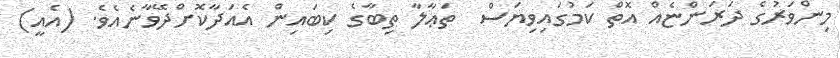
މިންވަރުގެ ދަރަންޏެއް އޮތް ކަމުގައިވިޔަސް  ތަޢާލާ ތިބާގެ ކިބައިން އެއަދާކޮށްދޭވާނެއެވެ. (އެއީ)